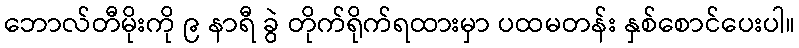
ဘောလ်တီမိုးကို ၉ နာရီ ခွဲ တိုက်ရိုက်ရထားမှာ ပထမတန်း နှစ်စောင်ပေးပါ။